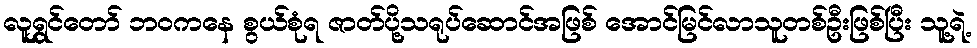
လူရွှင်တော် ဘဝကနေ စွယ်စုံရ ဇာတ်ပို့သရုပ်ဆောင်အဖြစ် အောင်မြင်လာသူတစ်ဦးဖြစ်ပြီး သူ့ရဲ့